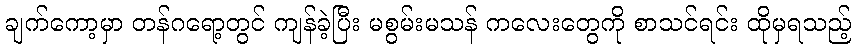
ချက်ကော့မှာ တန်ဂရော့တွင် ကျန်ခဲ့ပြီး မစွမ်းမသန် ကလေးတွေကို စာသင်ရင်း ထိုမှရသည့်